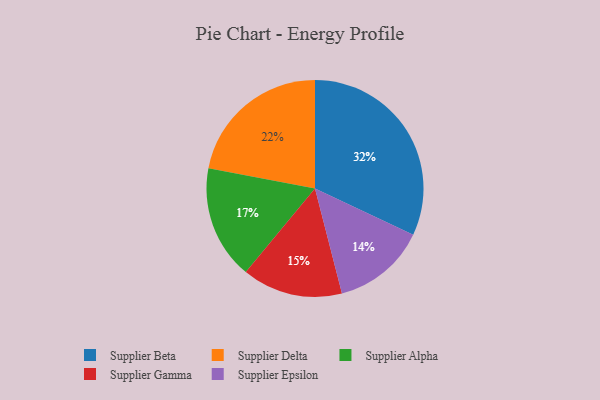
{"axis": {"x": "Category", "y": "Percentage"}, "legend": ["Supplier Alpha", "Supplier Beta", "Supplier Delta", "Supplier Epsilon", "Supplier Gamma"], "data": [{"x": "Supplier Epsilon", "y": 14, "type": "Supplier Epsilon"}, {"x": "Supplier Gamma", "y": 15, "type": "Supplier Gamma"}, {"x": "Supplier Beta", "y": 32, "type": "Supplier Beta"}, {"x": "Supplier Delta", "y": 22, "type": "Supplier Delta"}, {"x": "Supplier Alpha", "y": 17, "type": "Supplier Alpha"}]}